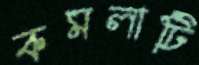
কমলাটি